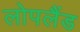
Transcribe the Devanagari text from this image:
लोपलैंड